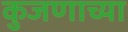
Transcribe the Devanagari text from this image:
कुजणाच्या